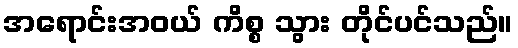
အရောင်းအဝယ် ကိစ္စ သွား တိုင်ပင်သည်။